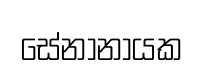
සේනානායක